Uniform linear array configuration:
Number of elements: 32
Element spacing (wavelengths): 0.5
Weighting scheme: blackman
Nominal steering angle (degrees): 0
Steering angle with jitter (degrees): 1.239
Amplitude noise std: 0.05
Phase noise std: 0.05

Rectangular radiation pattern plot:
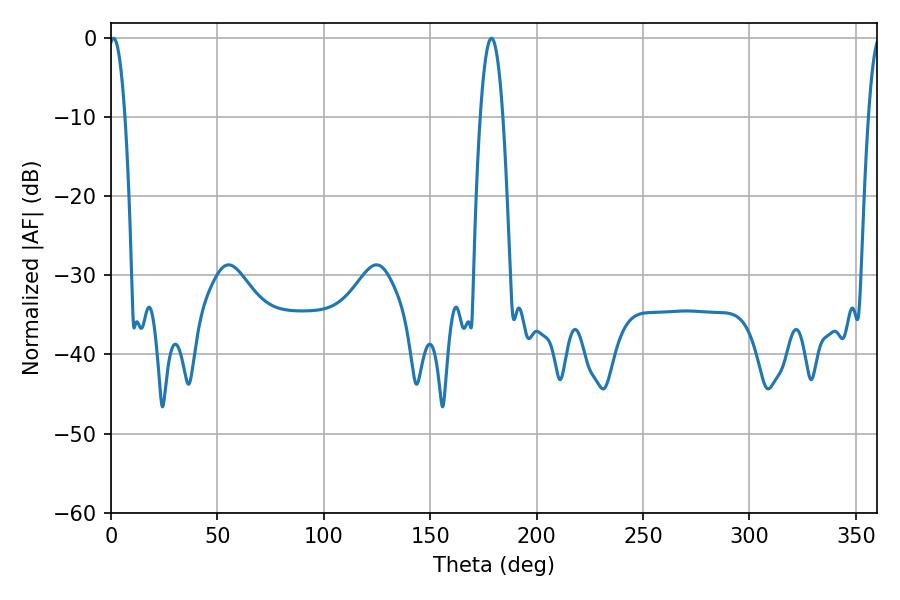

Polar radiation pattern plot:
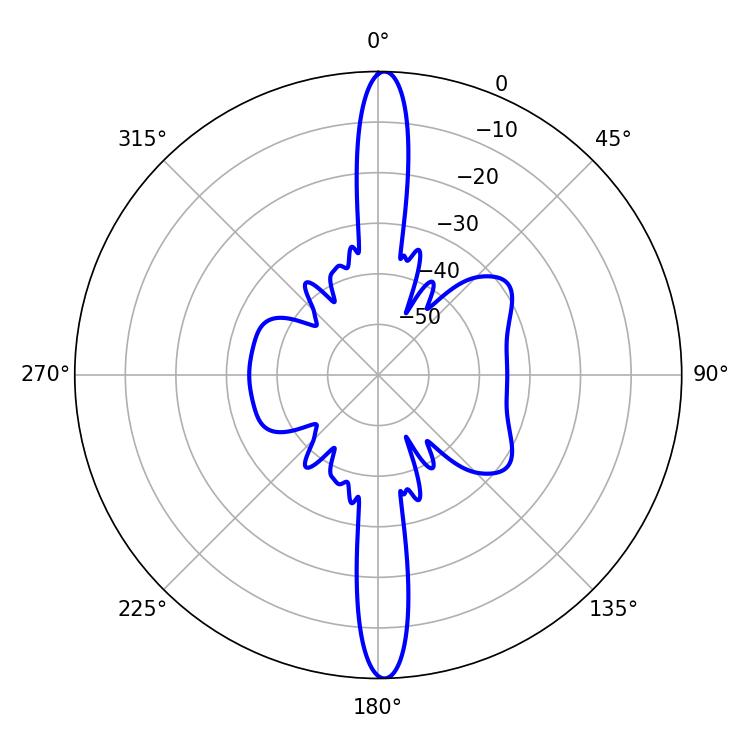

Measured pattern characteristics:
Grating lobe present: FALSE
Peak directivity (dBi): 25.778
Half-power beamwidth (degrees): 4.14
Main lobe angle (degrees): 1.26